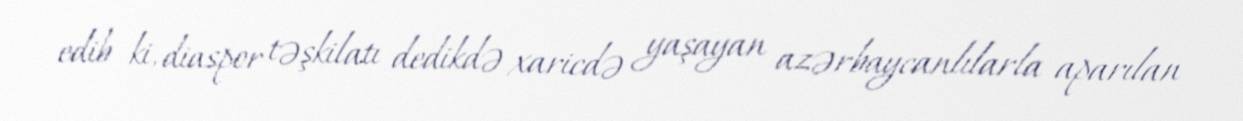
edib ki, diaspor təşkilatı dedikdə xaricdə yaşayan azərbaycanlılarla aparılan